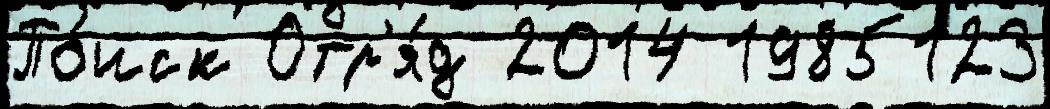
По́иск Отр'я́д 2014 1985123